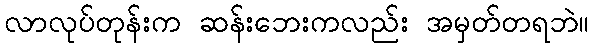
လာလုပ်တုန်းက ဆန်းဘေးကလည်း အမှတ်တရဘဲ။